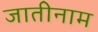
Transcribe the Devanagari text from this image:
जातीनाम